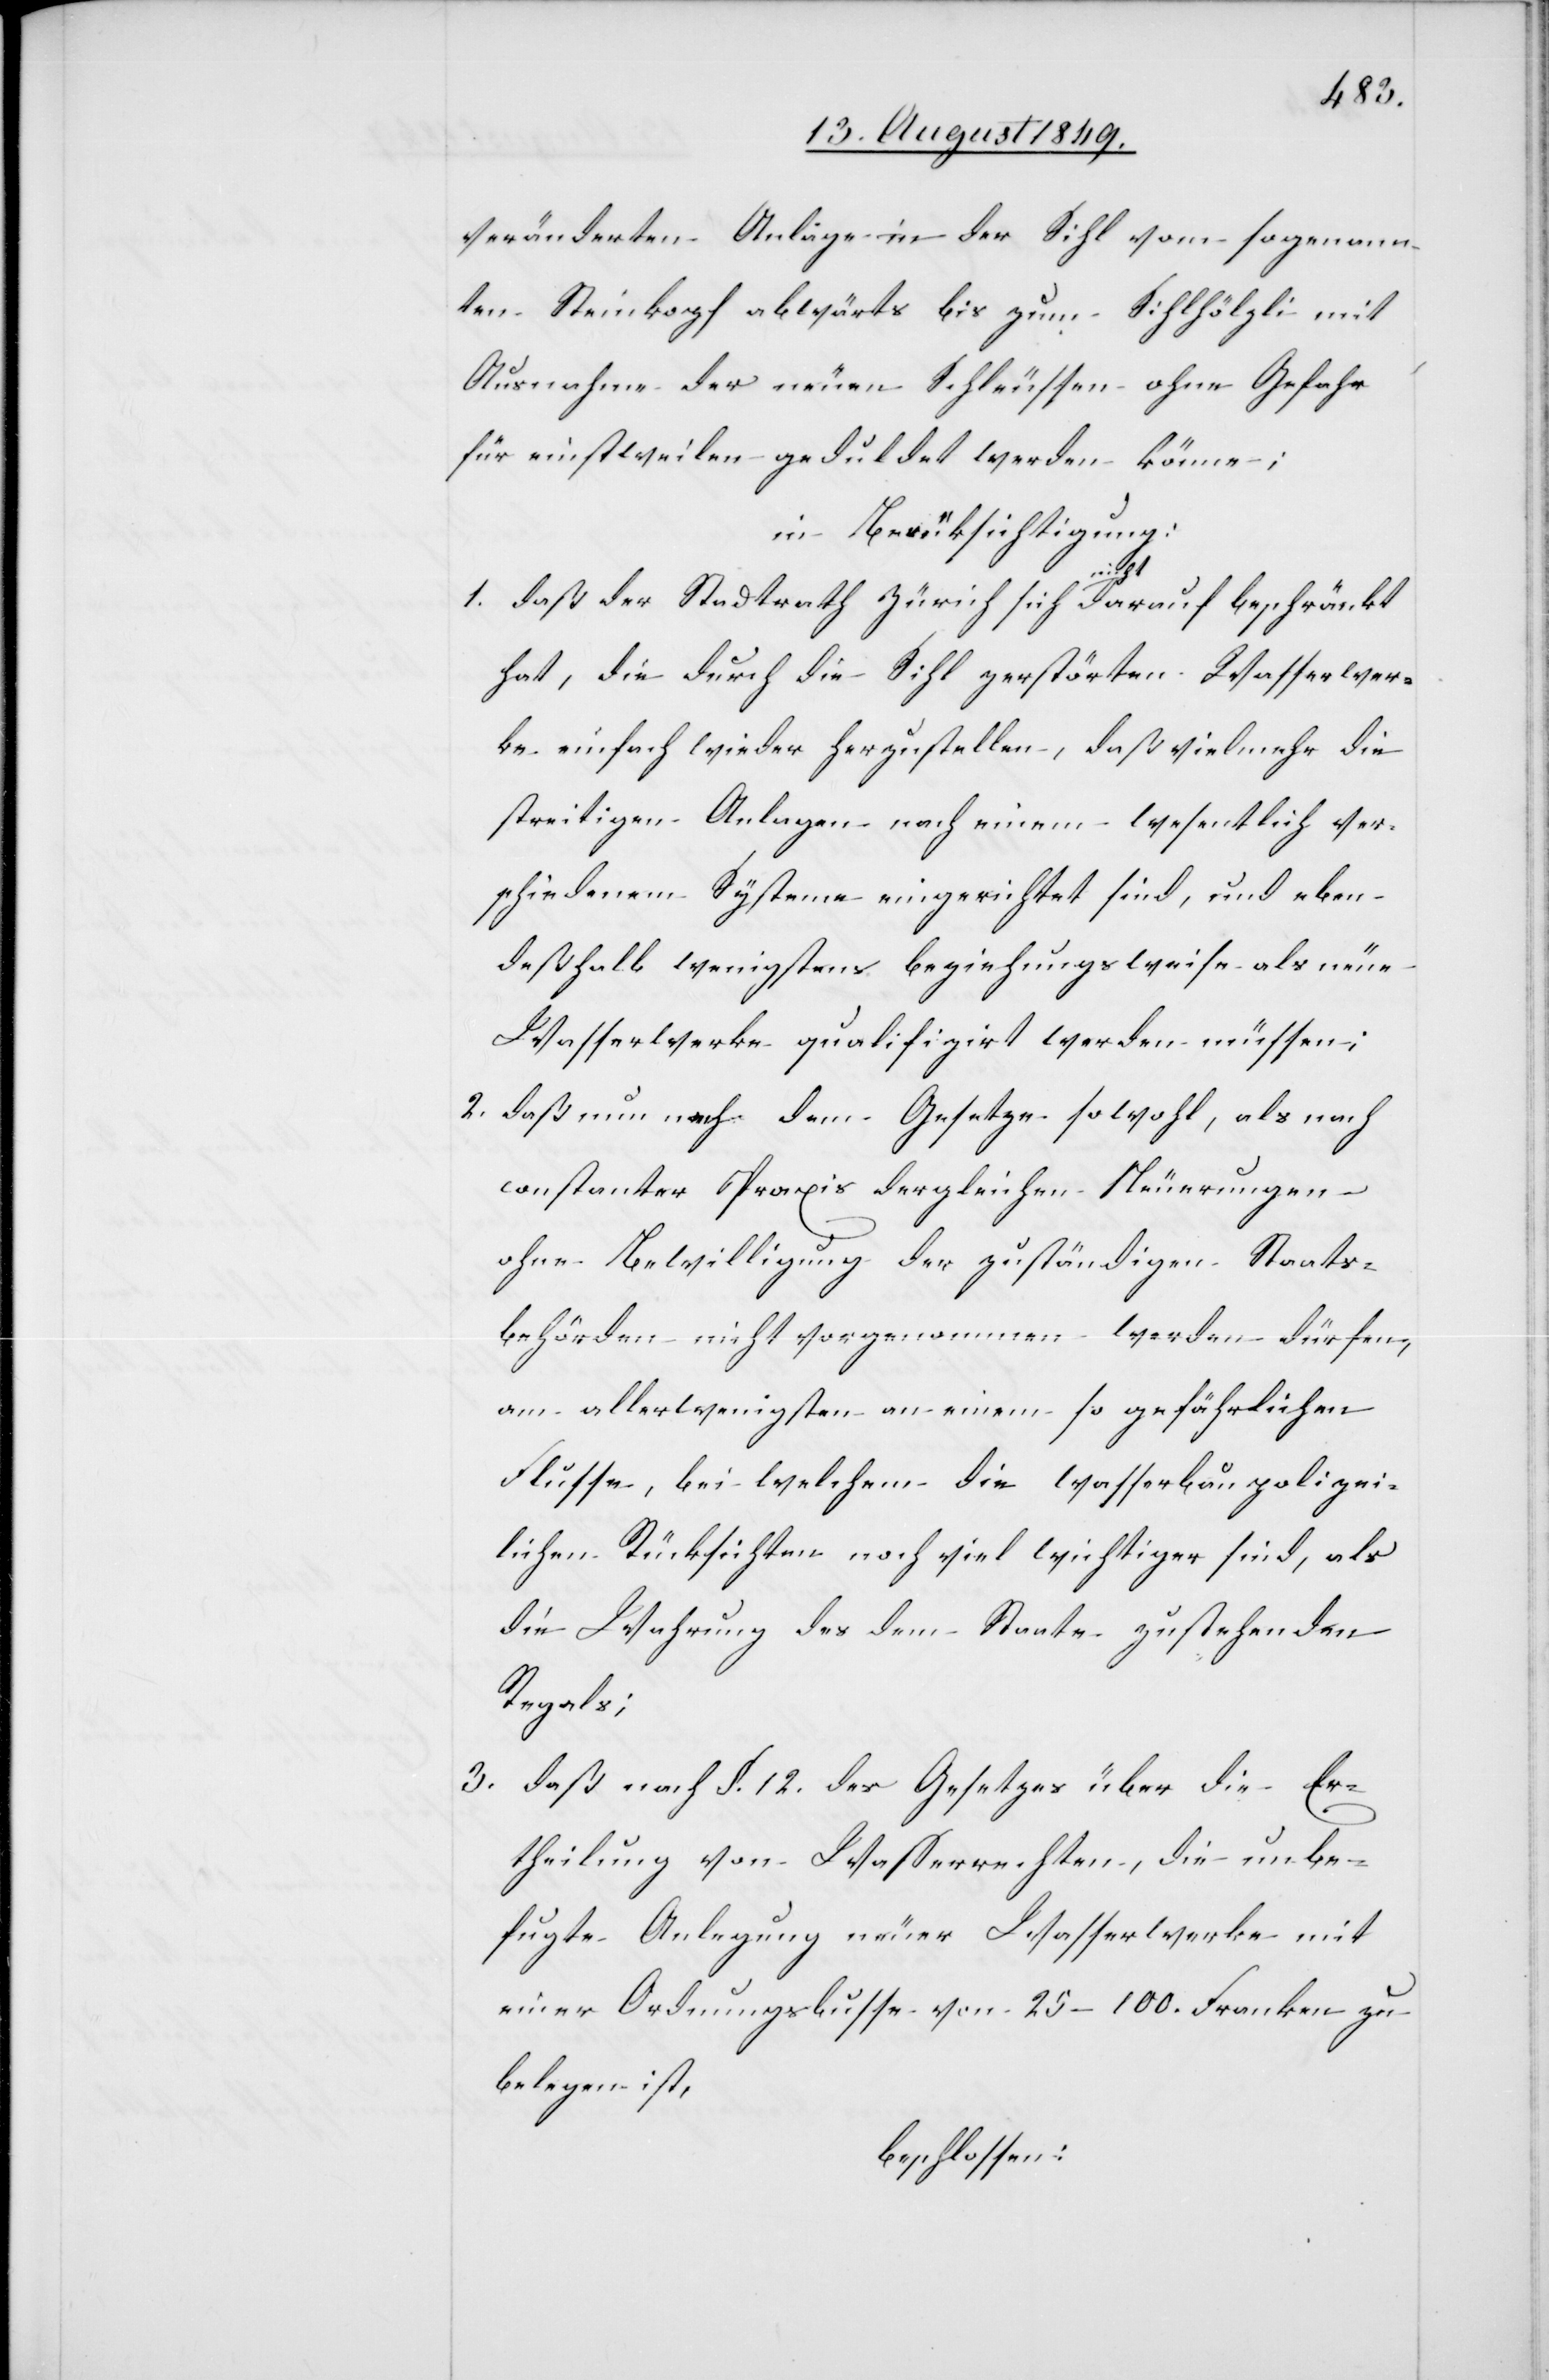
veränderten Anlage in der Sihl vom sogenann¬
ten Steinkopf abwärts bis zum Sihlhölzli mit
Ausnahme der neuen Schleussen ohne Gefahr
für einstweilen geduldet werden könne;
in Berücksichtigung:
1. daß der Stadtrath Zürich sich nicht darauf beschränkt
hat, die durch die Sihl zerstörten Wasserwer¬
ke einfach wieder herzustellen, daß vielmehr die
streitigen Anlagen nach einem wesentlich ver¬
schiedenem Systeme eingerichtet sind, und eben
deßhalb wenigstens beziehungsweise als neue
Wasserwerke qualifizirt werden müssen;
2. daß nun nach dem Gesetze sowohl, als nach
constanter Praxis dergleichen Neuerungen
ohne Bewilligung der zuständigen Staats¬
behörden nicht vorgenommen werden dürfen,
am allerwenigsten an einem so gefährlichen
Flusse, bei welchem die wasserbaupolizei¬
lichen Rücksichten noch viel wichtiger sind, als
die Wahrung des dem Staate zustehenden
Regals;
3. daß nach §. 12. des Gesetzes über die Er¬
theilung von Wasserrechten, die unbe¬
fugte Anlegung neuer Wasserwerke mit
einer Ordnungsbusse vom 25–100. Franken zu
belegen ist,
beschlossen: